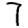
Digit: 7